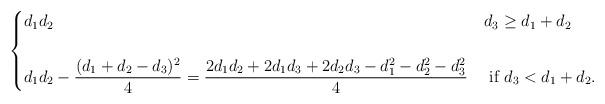
LaTeX: \begin{align*} \begin{cases} d_1d_2 & d_3\ge d_1+d_2 \\ \\ \displaystyle d_1d_2-\frac{(d_1+d_2-d_3)^2}{4} = \frac{2d_1d_2+2d_1d_3+2d_2d_3 -d_1^2-d_2^2-d_3^2}{4} & \text{ if } d_3< d_1+d_2. \end{cases} \end{align*}